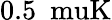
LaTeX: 0.5~\mathrm{{\ muK}}